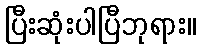
ပြီးဆုံးပါပြီဘုရား။